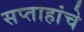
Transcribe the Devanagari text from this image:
सप्ताहांचे